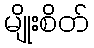
မျိုးစိတ်